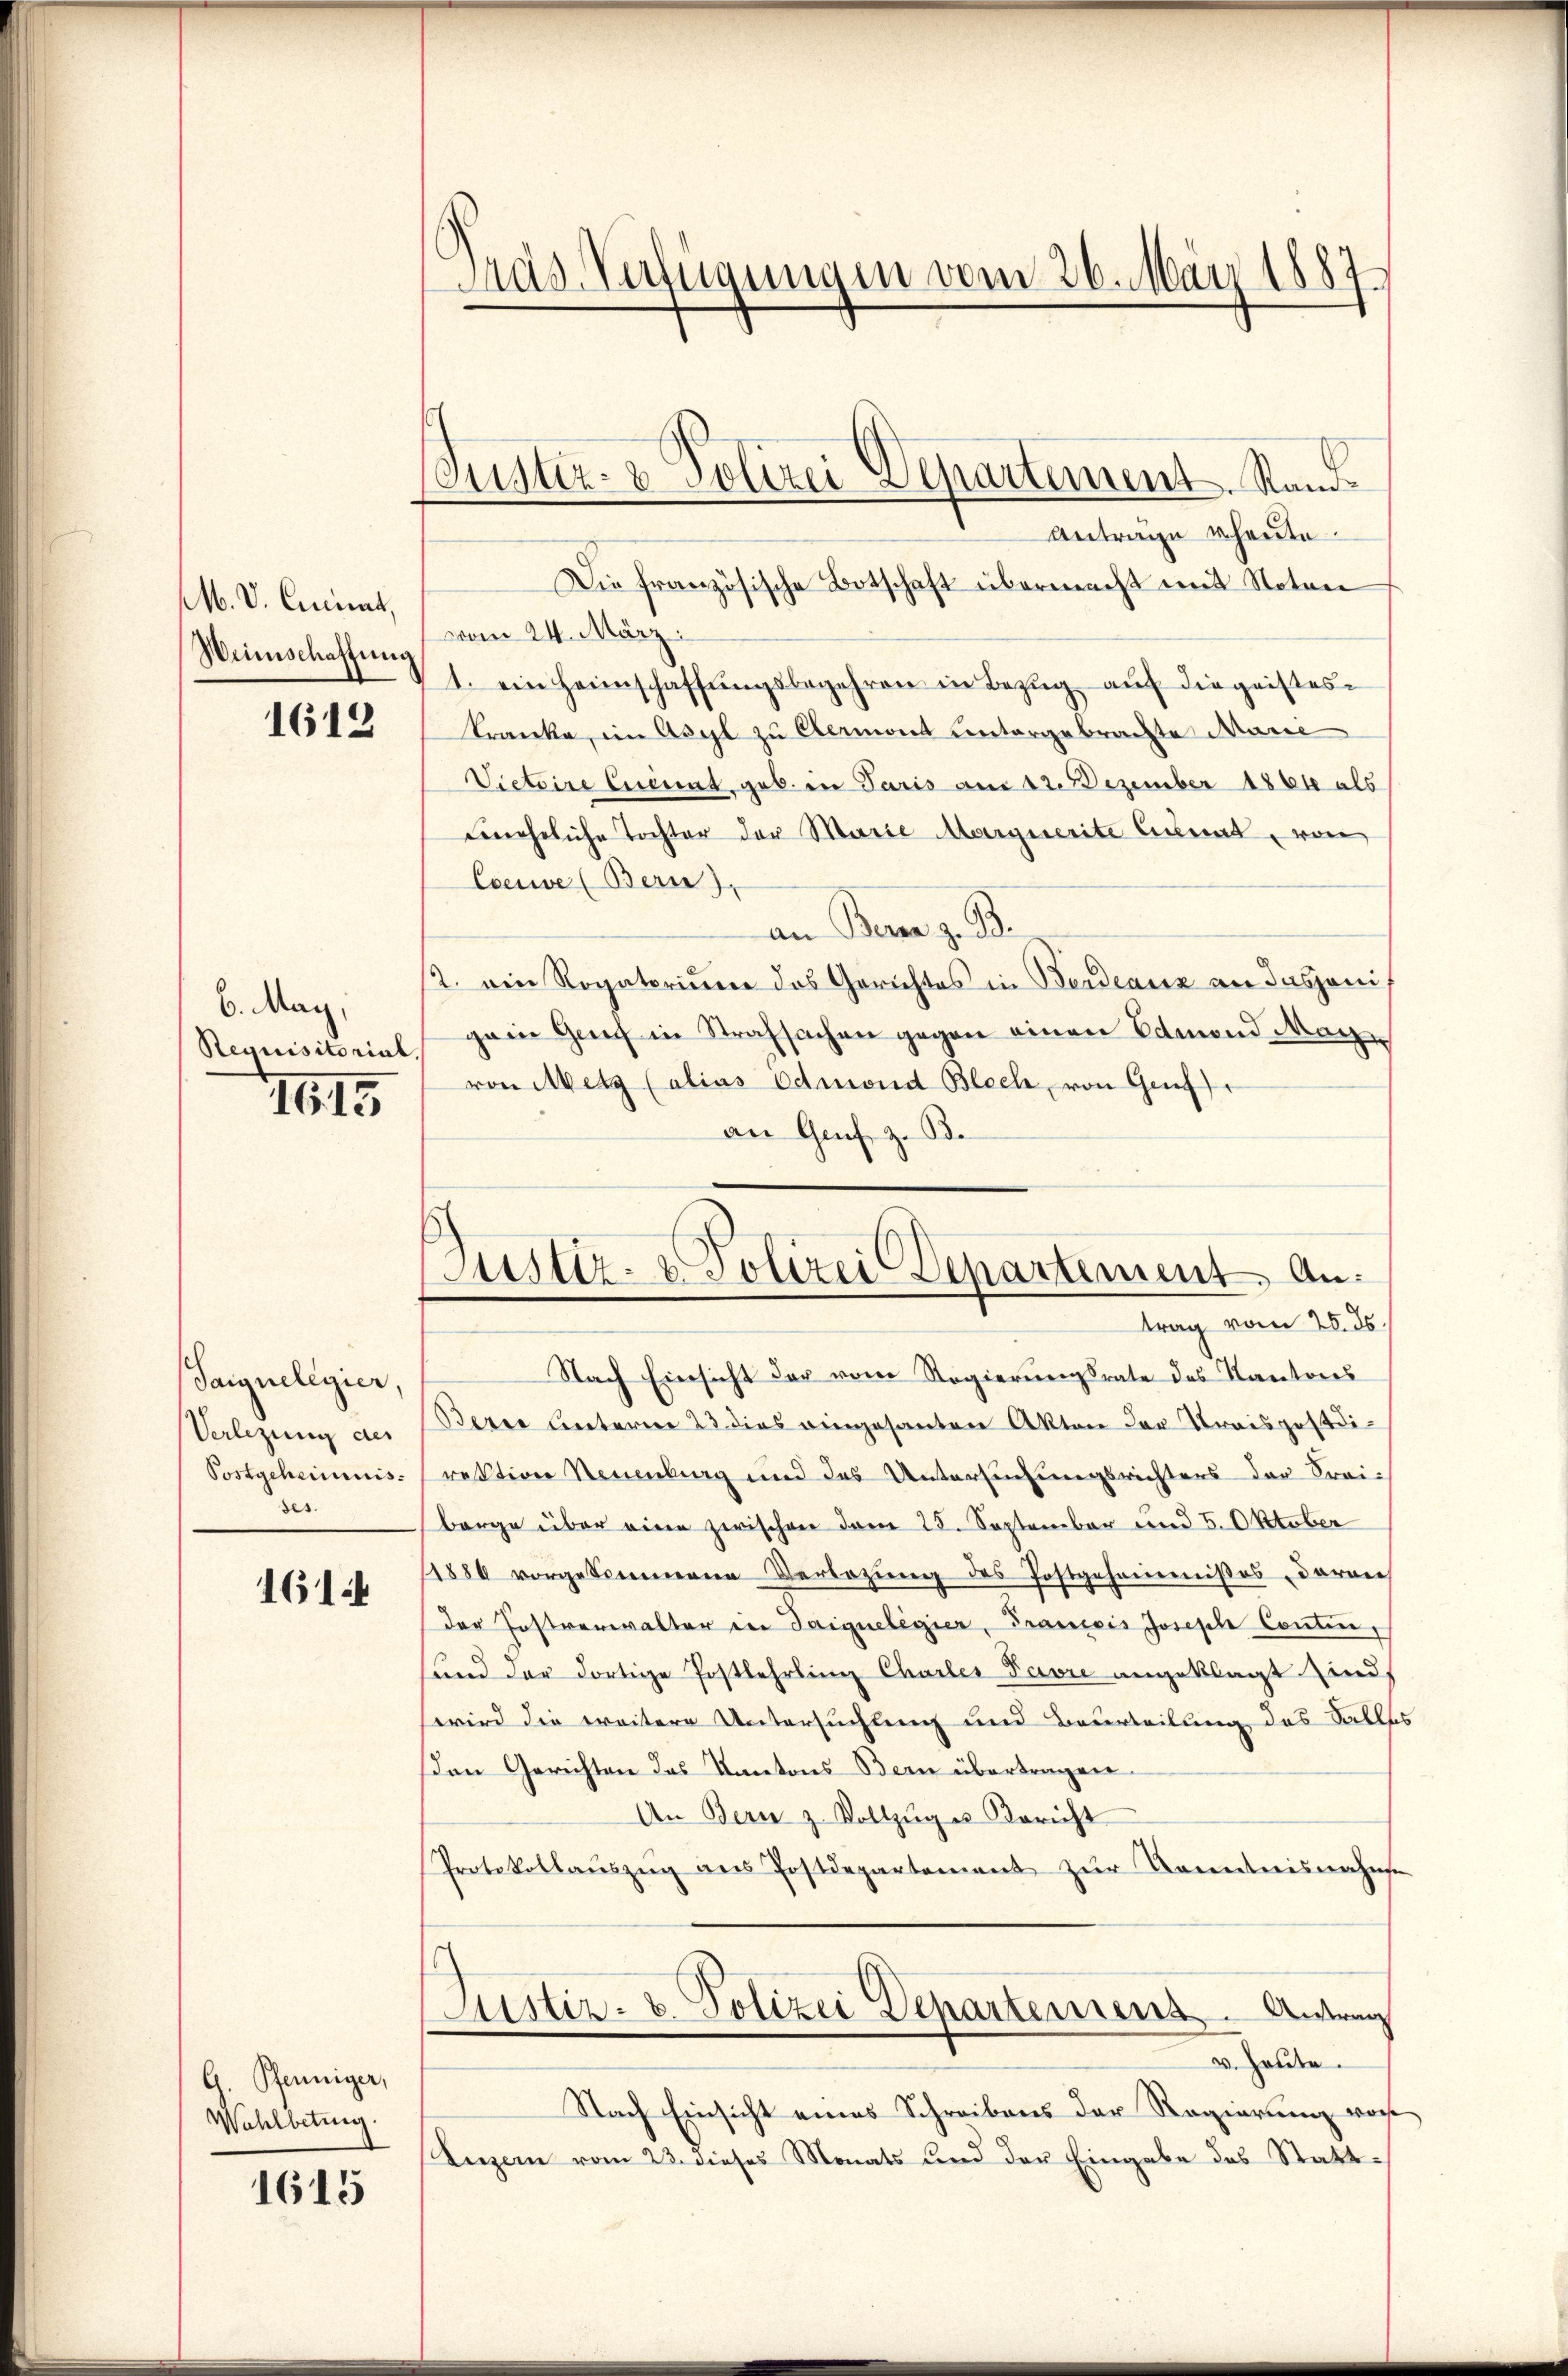
M. V. Cunat,
Weinschaffung

1612

6. May,
Requisitorial,

III

Saignelegier,
Verlegung des
Postgeheimnis.
des.

1611

G. Pfenniger,
Wahlbetrug.

1615

Gras Verfügungen vom 26. März 1887

Pustiz- & Polizei Departement. Rand

Justiz- & Polizei Departement. Antrag vom 25. ds.

Antrage heute.
Die französische Botschaft übermacht mit Noten
vom 24. März
1. ein Heimschaffŭngsbegehren in Bezŭg aŭf die geistes
Kranke, im Asyl zu Clermont untergebrachte Manne
Vietaire Eueint, geb. in Paris am 12. Dezember 1864 als
neheliche Tochter der Marie Marguerite Curat, von
Couve (Bern),
an Bern z. B.
st. ein Rogatorium das Gerichtes in Berdeaux an dasjenigein Genf in Strafsachen gegen einen Edmond Mach
von Metz (alias Odmond Blech, von Genf
an Genf z. B.
Nach Einsicht der vom Regierungsrate des Kantons
Berei unterm 23 dies eingesanten Akten der Kraispostdirektion Neuenburg und des Untersuchungsrichters der Frei-
borge über eine zwischen dem 25. September und 5. Oktober
1886 vorgekommene Verlegŭng des Postgehemmnißes daran
der Jostverwalter in Saiqueligier, Francois Joseph Contin,
und der dortige Postlehrling Charler Favre angeklagt sind
wird die weitere Untersuchtung und Beurteilung des Salles
sen Gerichten das Kantons Bern übertragen.
An Bern z. Vollzuges Bericht
Protokollaŭszŭg ans Postdepartement zur Kenntnisnahme
Justiz- & Polizei Departement  ..  Antrag
u. Heute.
Nach Einsicht eines Schreibens der Regierung vor
Luzern vom 23. dieses Monats und der Eingabe des Statt¬